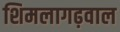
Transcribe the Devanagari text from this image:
शिमलागढ़वाल